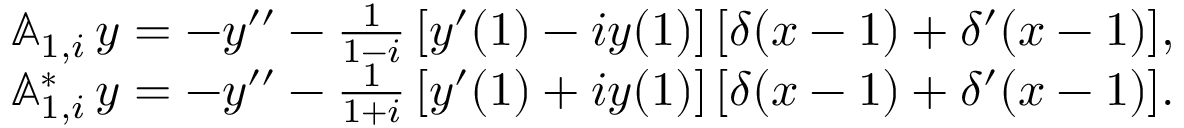
\begin{array} { r l } & { { \mathbb A } _ { 1 , i } \, y = - y ^ { \prime \prime } - \frac { 1 } { 1 - i } \, [ y ^ { \prime } ( 1 ) - i y ( 1 ) ] \, [ \delta ( x - 1 ) + \delta ^ { \prime } ( x - 1 ) ] , } \\ & { { \mathbb A } _ { 1 , i } ^ { * } \, y = - y ^ { \prime \prime } - \frac { 1 } { 1 + i } \, [ y ^ { \prime } ( 1 ) + i y ( 1 ) ] \, [ \delta ( x - 1 ) + \delta ^ { \prime } ( x - 1 ) ] . } \end{array}